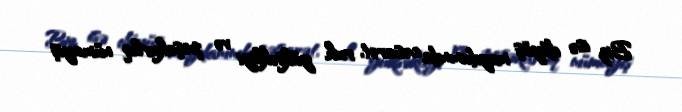
Biz isə döyüş meydanında cəsarət, ruh yüksəkliyi və peşəkarlıq nümayiş